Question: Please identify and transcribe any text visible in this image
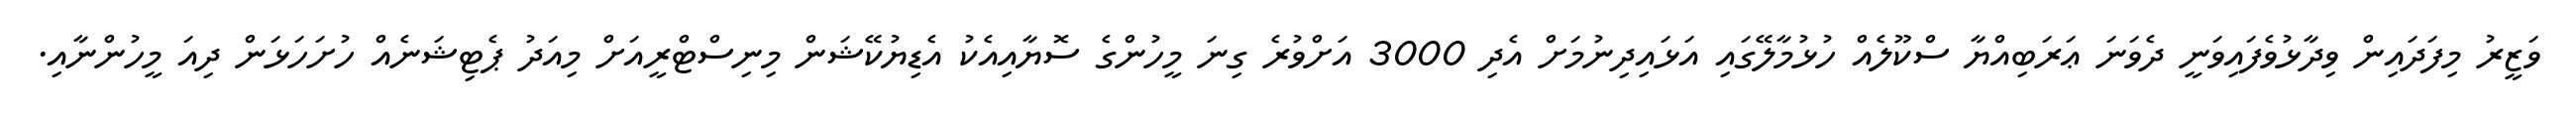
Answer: ވަޒީރު މިފަދައިން ވިދާޅުވެފައިވަނީ ދެވަނަ ޢަރަބިއްޔާ ސްކޫލެއް ހުޅުމާލޭގައި އަޅައިދިނުމަށް އެދި 3000 އަށްވުރެ ގިނަ މީހުންގެ ސޮޔާއިއެކު އެޑިޔުކޭޝަން މިނިސްޓްރީއަށް މިއަދު ޕެޓިޝަނެއް ހުށަހަޅަން ދިއަ މީހުންނާއި.